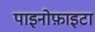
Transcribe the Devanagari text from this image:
पाइनोफ़ाइटा